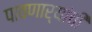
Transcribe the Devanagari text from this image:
पावणार्‍यांची